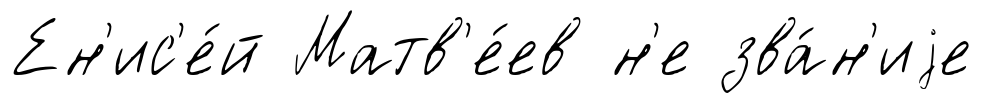
Ен'ис'е́й Матв'е́ев н'е зва́н'иjе